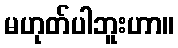
မဟုတ်ပါဘူးဟာ။